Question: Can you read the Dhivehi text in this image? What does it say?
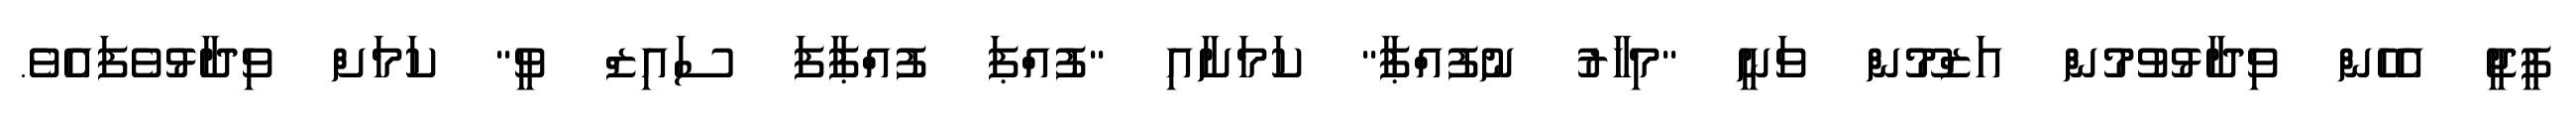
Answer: ޕީޖީ އެހެން ވިދާޅުވުމުން އަޒްމޫން ވަނީ "މިހާރު ނުފުއްޕާ" ކަމަށާއި "ފުއްޕަ ފުއްޕާފަ ސައިޒް ވީ" ކަމަށް ވިދާޅުވެފައެވެ.